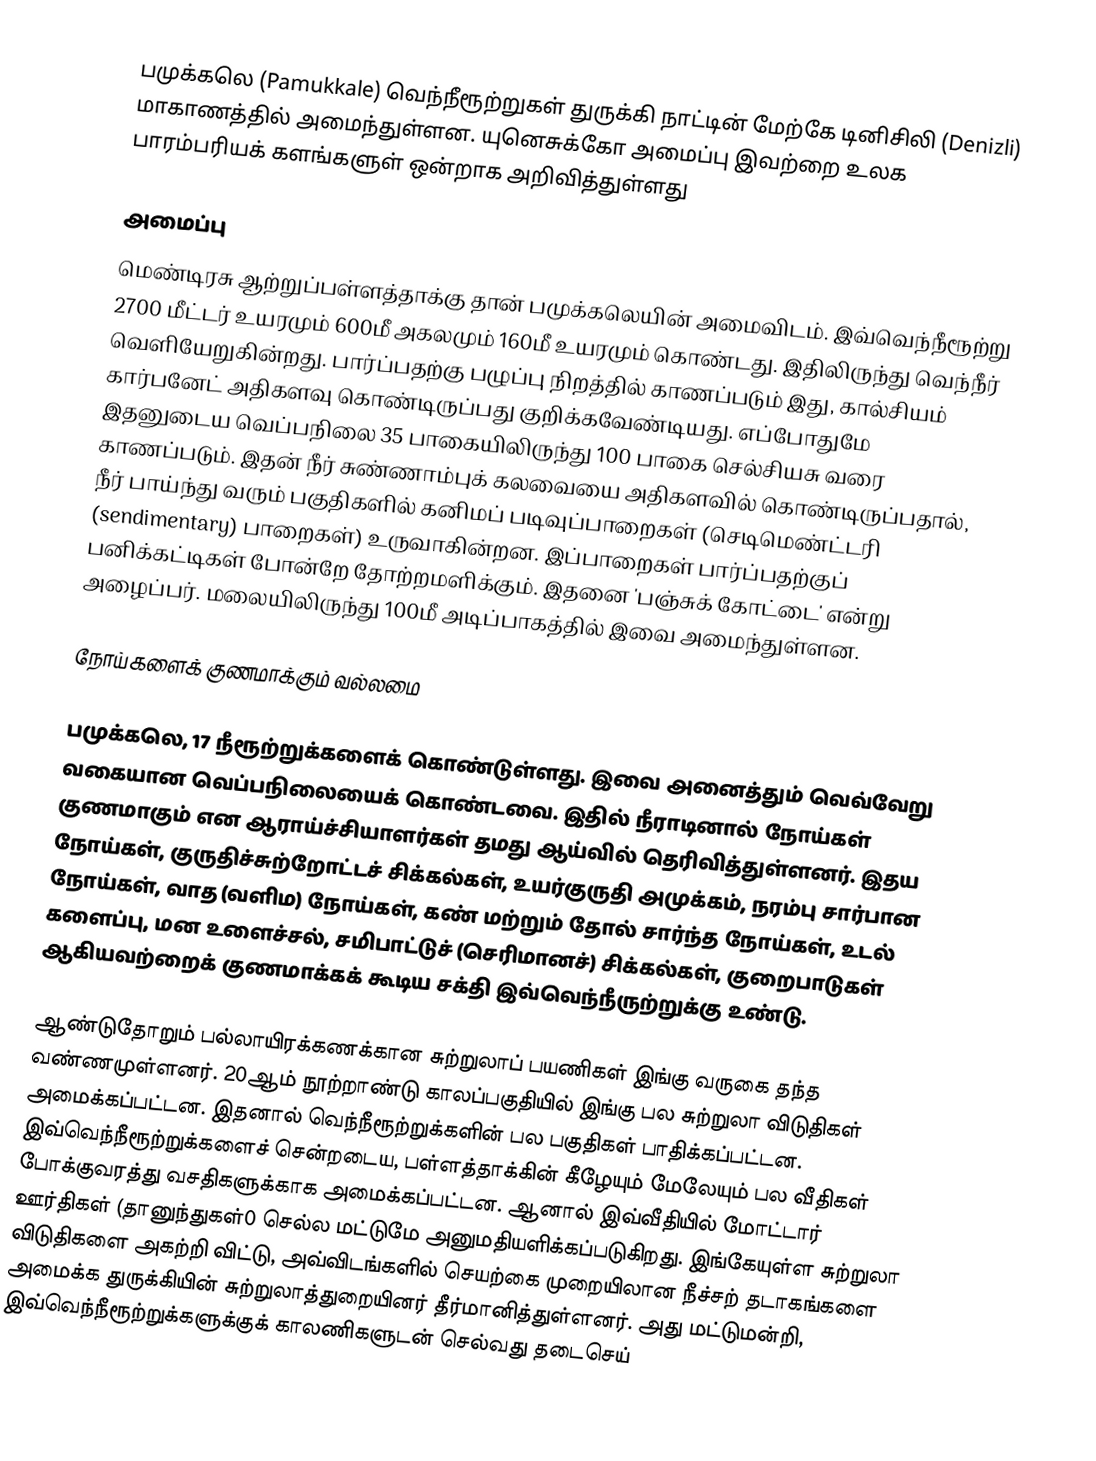
பமுக்கலெ (Pamukkale) வெந்நீரூற்றுகள் துருக்கி நாட்டின் மேற்கே டினிசிலி (Denizli) மாகாணத்தில் அமைந்துள்ளன. யுனெசுக்கோ அமைப்பு இவற்றை உலக பாரம்பரியக் களங்களுள் ஒன்றாக அறிவித்துள்ளது

அமைப்பு
மெண்டிரசு ஆற்றுப்பள்ளத்தாக்கு தான் பமுக்கலெயின் அமைவிடம். இவ்வெந்நீரூற்று 2700 மீட்டர் உயரமும் 600மீ அகலமும் 160மீ உயரமும் கொண்டது. இதிலிருந்து வெந்நீர் வெளியேறுகின்றது. பார்ப்பதற்கு பழுப்பு நிறத்தில் காணப்படும் இது, கால்சியம் கார்பனேட் அதிகளவு கொண்டிருப்பது குறிக்கவேண்டியது. எப்போதுமே இதனுடைய வெப்பநிலை 35 பாகையிலிருந்து 100 பாகை செல்சியசு வரை காணப்படும். இதன் நீர் சுண்ணாம்புக் கலவையை அதிகளவில் கொண்டிருப்பதால், நீர் பாய்ந்து வரும் பகுதிகளில் கனிமப் படிவுப்பாறைகள் (செடிமெண்ட்டரி (sendimentary) பாறைகள்) உருவாகின்றன. இப்பாறைகள் பார்ப்பதற்குப் பனிக்கட்டிகள் போன்றே தோற்றமளிக்கும். இதனை 'பஞ்சுக் கோட்டை' என்று அழைப்பர். மலையிலிருந்து 100மீ அடிப்பாகத்தில் இவை அமைந்துள்ளன.

நோய்களைக் குணமாக்கும் வல்லமை

பமுக்கலெ, 17 நீரூற்றுக்களைக் கொண்டுள்ளது. இவை அனைத்தும் வெவ்வேறு வகையான வெப்பநிலையைக் கொண்டவை. இதில் நீராடினால் நோய்கள் குணமாகும் என ஆராய்ச்சியாளர்கள் தமது ஆய்வில் தெரிவித்துள்ளனர். இதய நோய்கள், குருதிச்சுற்றோட்டச் சிக்கல்கள், உயர்குருதி அமுக்கம், நரம்பு சார்பான நோய்கள், வாத (வளிம) நோய்கள், கண் மற்றும் தோல் சார்ந்த நோய்கள், உடல் களைப்பு, மன உளைச்சல், சமிபாட்டுச் (செரிமானச்) சிக்கல்கள், குறைபாடுகள் ஆகியவற்றைக் குணமாக்கக் கூடிய சக்தி இவ்வெந்நீருற்றுக்கு உண்டு.

ஆண்டுதோறும் பல்லாயிரக்கணக்கான சுற்றுலாப் பயணிகள் இங்கு வருகை தந்த வண்ணமுள்ளனர். 20ஆம் நூற்றாண்டு காலப்பகுதியில் இங்கு பல சுற்றுலா விடுதிகள் அமைக்கப்பட்டன. இதனால் வெந்நீரூற்றுக்களின் பல பகுதிகள் பாதிக்கப்பட்டன. இவ்வெந்நீரூற்றுக்களைச் சென்றடைய, பள்ளத்தாக்கின் கீழேயும் மேலேயும் பல வீதிகள் போக்குவரத்து வசதிகளுக்காக அமைக்கப்பட்டன. ஆனால் இவ்வீதியில் மோட்டார் ஊர்திகள் (தானுந்துகள்0 செல்ல மட்டுமே அனுமதியளிக்கப்படுகிறது. இங்கேயுள்ள சுற்றுலா விடுதிகளை அகற்றி விட்டு, அவ்விடங்களில் செயற்கை முறையிலான நீச்சற் தடாகங்களை அமைக்க துருக்கியின் சுற்றுலாத்துறையினர் தீர்மானித்துள்ளனர். அது மட்டுமன்றி, இவ்வெந்நீரூற்றுக்களுக்குக் காலணிகளுடன் செல்வது தடைசெய்